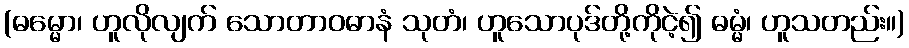
(ဓမ္မော၊ ဟူလိုလျက် သောတာဝဓာနံ သုတံ၊ ဟူသောပုဒ်တို့ကိုငဲ့၍ ဓမ္မံ၊ ဟူသတည်း။)